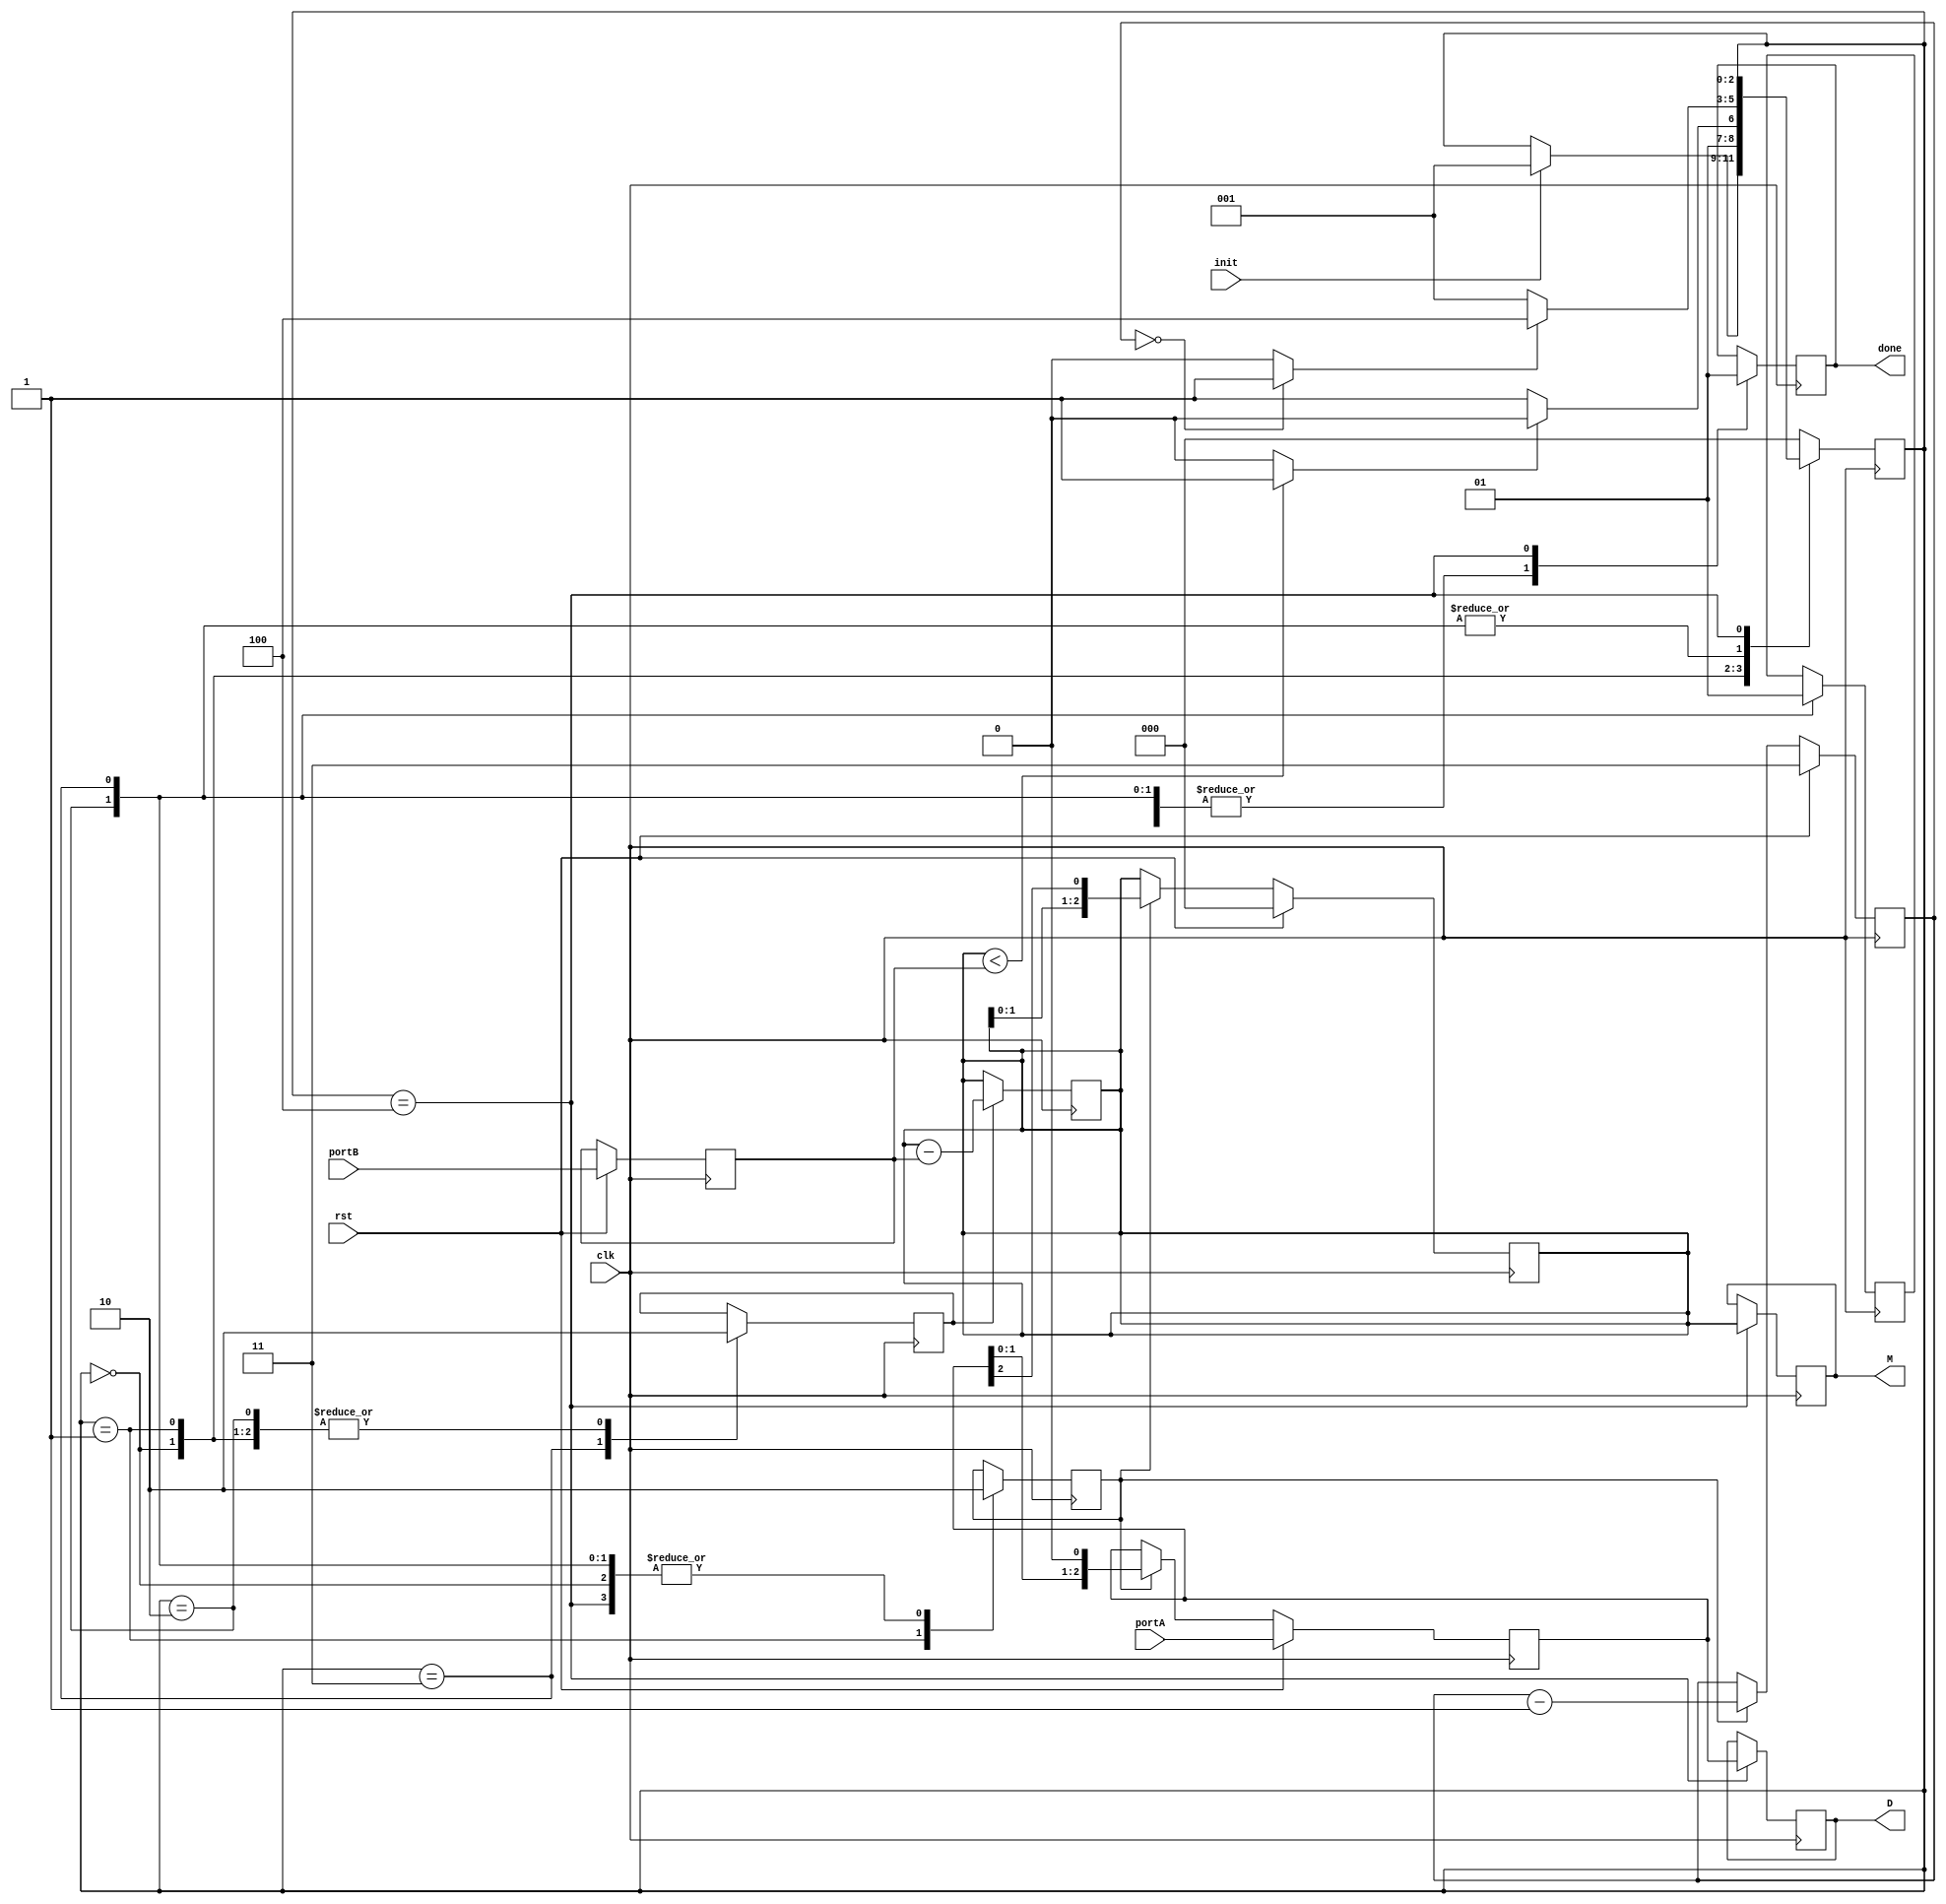
module divisor (
    input [2:0] portA,portB,
    input clk,
    input init,
    input rst,
    output reg [2:0] D,M,
    output reg done 
);

reg[2:0] status;
reg [2:0] DV,DR,A = 3'b000;
reg SH_DC;
reg subs;
reg [1:0] ct;
wire LT;
wire z;


//Registro desplazamiento
always @(posedge clk) begin
    if(rst) begin
      DV = portA;
      DR = portB;  
      {A,DV} = {3'b000,DV};  
    end
    else begin
        if (SH_DC) begin
            {A,DV} = {A,DV}<<1;
        end
    end
end
//Contador decreciente
always @(posedge clk) begin
    if(rst) begin
      ct = 3;  
    end
    else begin
        if (SH_DC) begin
            ct = ct-1;
        end
    end
end
//comparador 1
assign LT = (A<DR)? 1 : 0;
//restador
always @(posedge clk) begin
    begin
        if (subs) begin
            A = A - DR;
        end
    end
end
//Comparador 2
assign z=(ct==0)? 1 : 0;


//FSM
parameter START=0, SHIFT_DEC=1, NOTSUBS=2, SUBS=3, END=4;

always @(posedge clk) begin
    case(status)
    START: begin
        SH_DC=0;
        subs=0;
        done=0;
        if(init) begin
            status=SHIFT_DEC;
        end
    end
    SHIFT_DEC: begin
        SH_DC=1;
        subs=0;
        done=0;
        if(LT) status=NOTSUBS;
        else   status=SUBS;
    end
    NOTSUBS: begin
        SH_DC=0;
        subs=0;
        done=0;
        DV[0]=0;
        if(z) status=END;
        else  status=SHIFT_DEC;
    end
    SUBS: begin
        SH_DC=0;
        subs=1;
        done=0;
        DV[0]=1;
        if(z) status=END;
        else  status=SHIFT_DEC;
    end
    END: begin
        SH_DC=0;
        subs=0;
        D = DV;
        M = A;
        done=1; 
    end
    default:
        status=START;
    endcase
end

endmodule